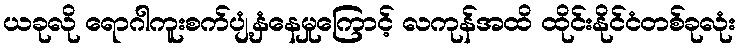
ယခုလို ရောဂါကူးစက်ပျံ့နှံနေမှုကြောင့် လကုန်အထိ ထိုင်းနိုင်ငံတစ်ခုလုံး